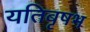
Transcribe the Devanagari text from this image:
यतिबृषभ